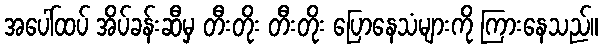
အပေါ်ထပ် အိပ်ခန်းဆီမှ တီးတိုး တီးတိုး ပြောနေသံများကို ကြားနေသည်။